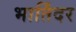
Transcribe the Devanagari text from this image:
भार्तिंदर